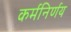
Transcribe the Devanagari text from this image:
कर्मनिर्णय